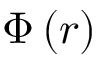
\Phi \left( r \right)